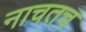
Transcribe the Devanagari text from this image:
नाचतच